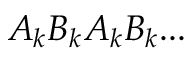
A _ { k } B _ { k } A _ { k } B _ { k } . . .